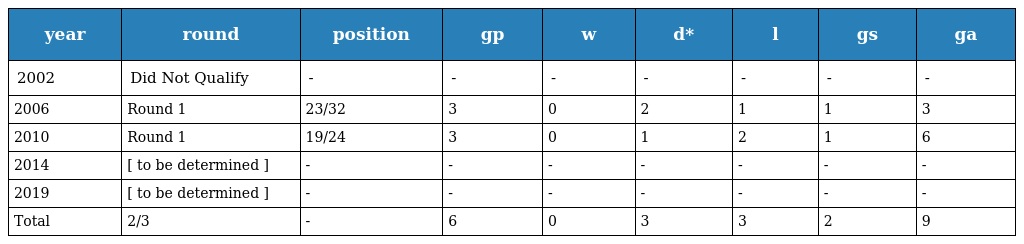
| year | round | position | gp | w | d* | l | gs | ga |
 | --- | --- | --- | --- | --- | --- | --- | --- | --- |
 | 2002 | Did Not Qualify | - | - | - | - | - | - | - |
 | 2006 | Round 1 | 23/32 | 3 | 0 | 2 | 1 | 1 | 3 |
 | 2010 | Round 1 | 19/24 | 3 | 0 | 1 | 2 | 1 | 6 |
 | 2014 | [ to be determined ] | - | - | - | - | - | - | - |
 | 2019 | [ to be determined ] | - | - | - | - | - | - | - |
 | Total | 2/3 | - | 6 | 0 | 3 | 3 | 2 | 9 |